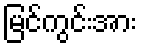
မြင်ကွင်းအား